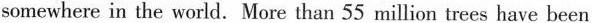
somewhere in the world. More than 55 million trees have been